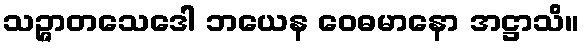
သဉ္ဇာတသေဒေါ ဘယေန ဝေဓမာနော အဋ္ဌာသိ။